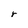
Character: r